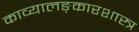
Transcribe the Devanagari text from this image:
काव्यालङ्कारशास्त्र